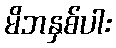
မိဘနှစ်ပါး